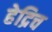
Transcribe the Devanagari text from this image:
हेद्रिच